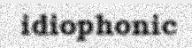
idiophonic